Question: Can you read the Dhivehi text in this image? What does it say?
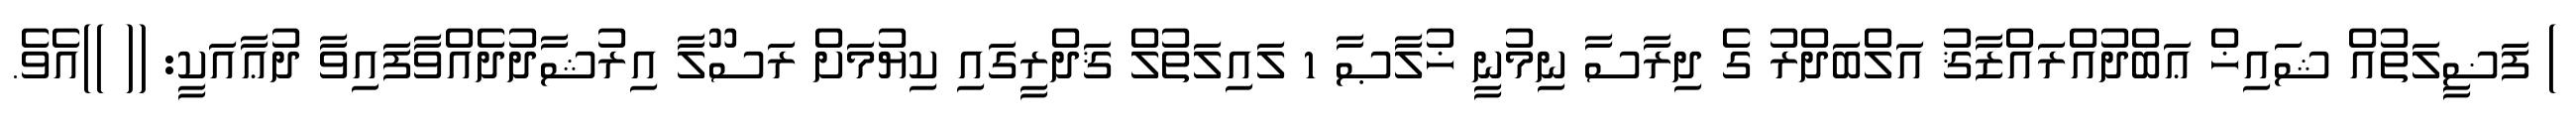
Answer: ) ފަޟީލަތުއް ޝައިޚް ޢަބްދުއްރައްޒާޤު އަލްބަދްރު ގެ ދިރާސާ ނިމުނީ ޚުލާޞާ 1 ލައިލަތުލް ޤަދްރީގައި ކިޔުމަށް ރަސޫލާ އިރުޝާދުދެއްވާފައިވާ ދުޢާއަކީ: (( ))އެވެ.